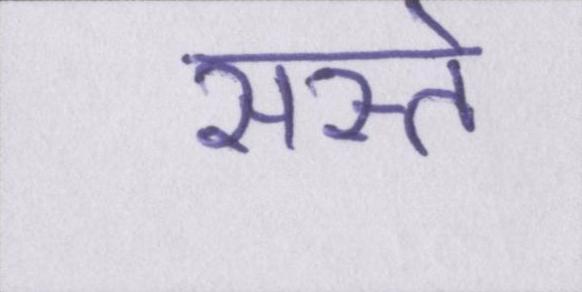
सस्ते